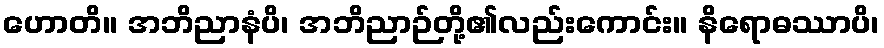
ဟောတိ။ အဘိညာနံပိ၊ အဘိညာဉ်တို့၏လည်းကောင်း။ နိရောဓဿာပိ၊